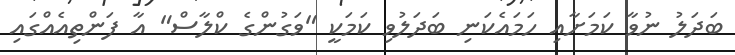
ބަދަލު ނުވާ ކަމަށާއި ހަަމައެކަނި ބަދަލުވި ކަމަކީ "ވަގުންގެ ކްލާސް" އާ ފަންތިއެއްގައި